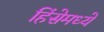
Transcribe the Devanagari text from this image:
हिंसेमध्ये